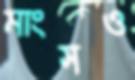
মাংসও